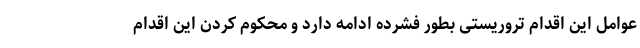
عوامل این اقدام تروریستی بطور فشرده ادامه دارد و محکوم کردن این اقدام